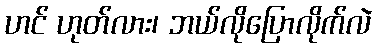
ဟင် ဟုတ်လား၊ ဘယ်လိုပြောလိုက်လဲ